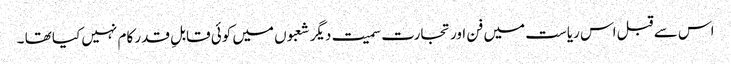
اس سے قبل اس ریاست میں فن اور تجارت سمیت دیگر شعبوں میں کوئی قابلِ قدر کام نہیں کیا تھا ۔